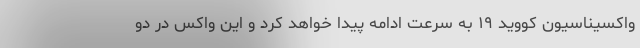
واکسیناسیون کووید ۱۹ به سرعت ادامه پیدا خواهد کرد و این واکس در دو